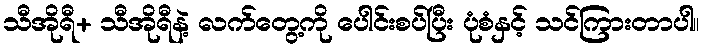
သီအိုရီ+ သီအိုရီနဲ့ လက်တွေ့ကို ပေါင်းစပ်ပြီး ပုံစံနှင့် သင်ကြားတာပါ။